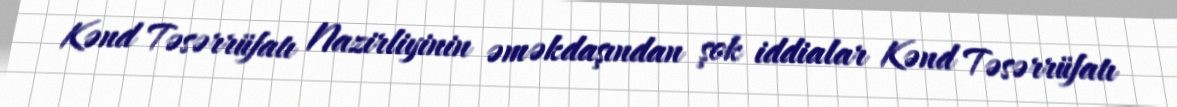
Kənd Təsərrüfatı Nazirliyinin əməkdaşından şok iddialar Kənd Təsərrüfatı